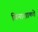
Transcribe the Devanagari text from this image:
विनाशाकडे